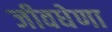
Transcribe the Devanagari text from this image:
जीवधेणा